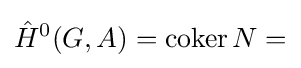
{\hat {H}}^{0}(G,A)=\operatorname {coker} N=